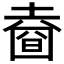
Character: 𡐑